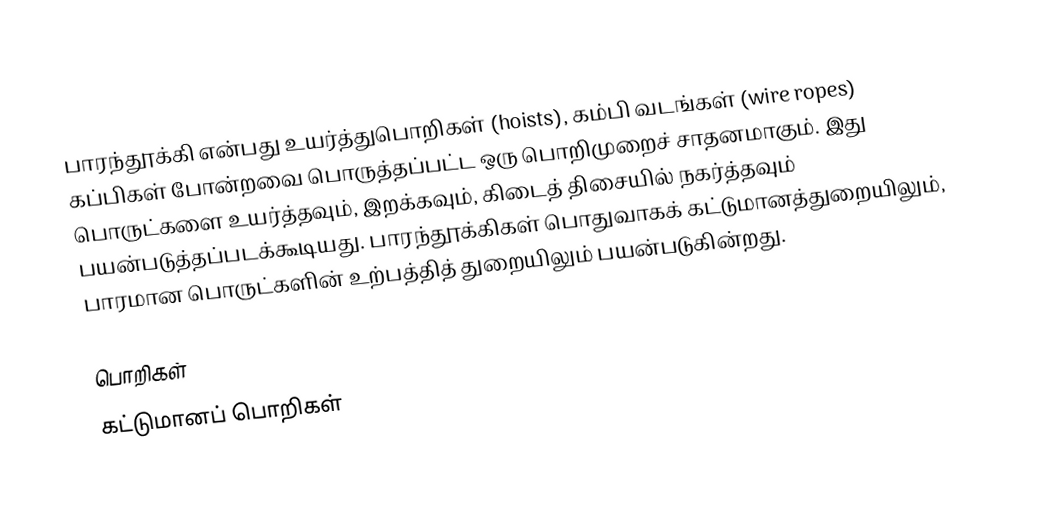
பாரந்தூக்கி என்பது உயர்த்துபொறிகள் (hoists), கம்பி வடங்கள் (wire ropes) கப்பிகள் போன்றவை பொருத்தப்பட்ட ஒரு பொறிமுறைச் சாதனமாகும். இது பொருட்களை உயர்த்தவும், இறக்கவும், கிடைத் திசையில் நகர்த்தவும் பயன்படுத்தப்படக்கூடியது. பாரந்தூக்கிகள் பொதுவாகக் கட்டுமானத்துறையிலும், பாரமான பொருட்களின் உற்பத்தித் துறையிலும் பயன்படுகின்றது.

பொறிகள்
கட்டுமானப் பொறிகள்